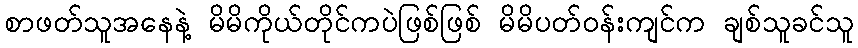
စာဖတ်သူအနေနဲ့ မိမိကိုယ်တိုင်ကပဲဖြစ်ဖြစ် မိမိပတ်ဝန်းကျင်က ချစ်သူခင်သူ